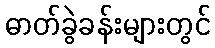
ဓာတ်ခွဲခန်းများတွင်